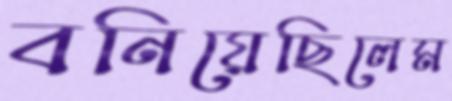
বনিয়েছিলেম